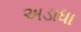
અડાધા